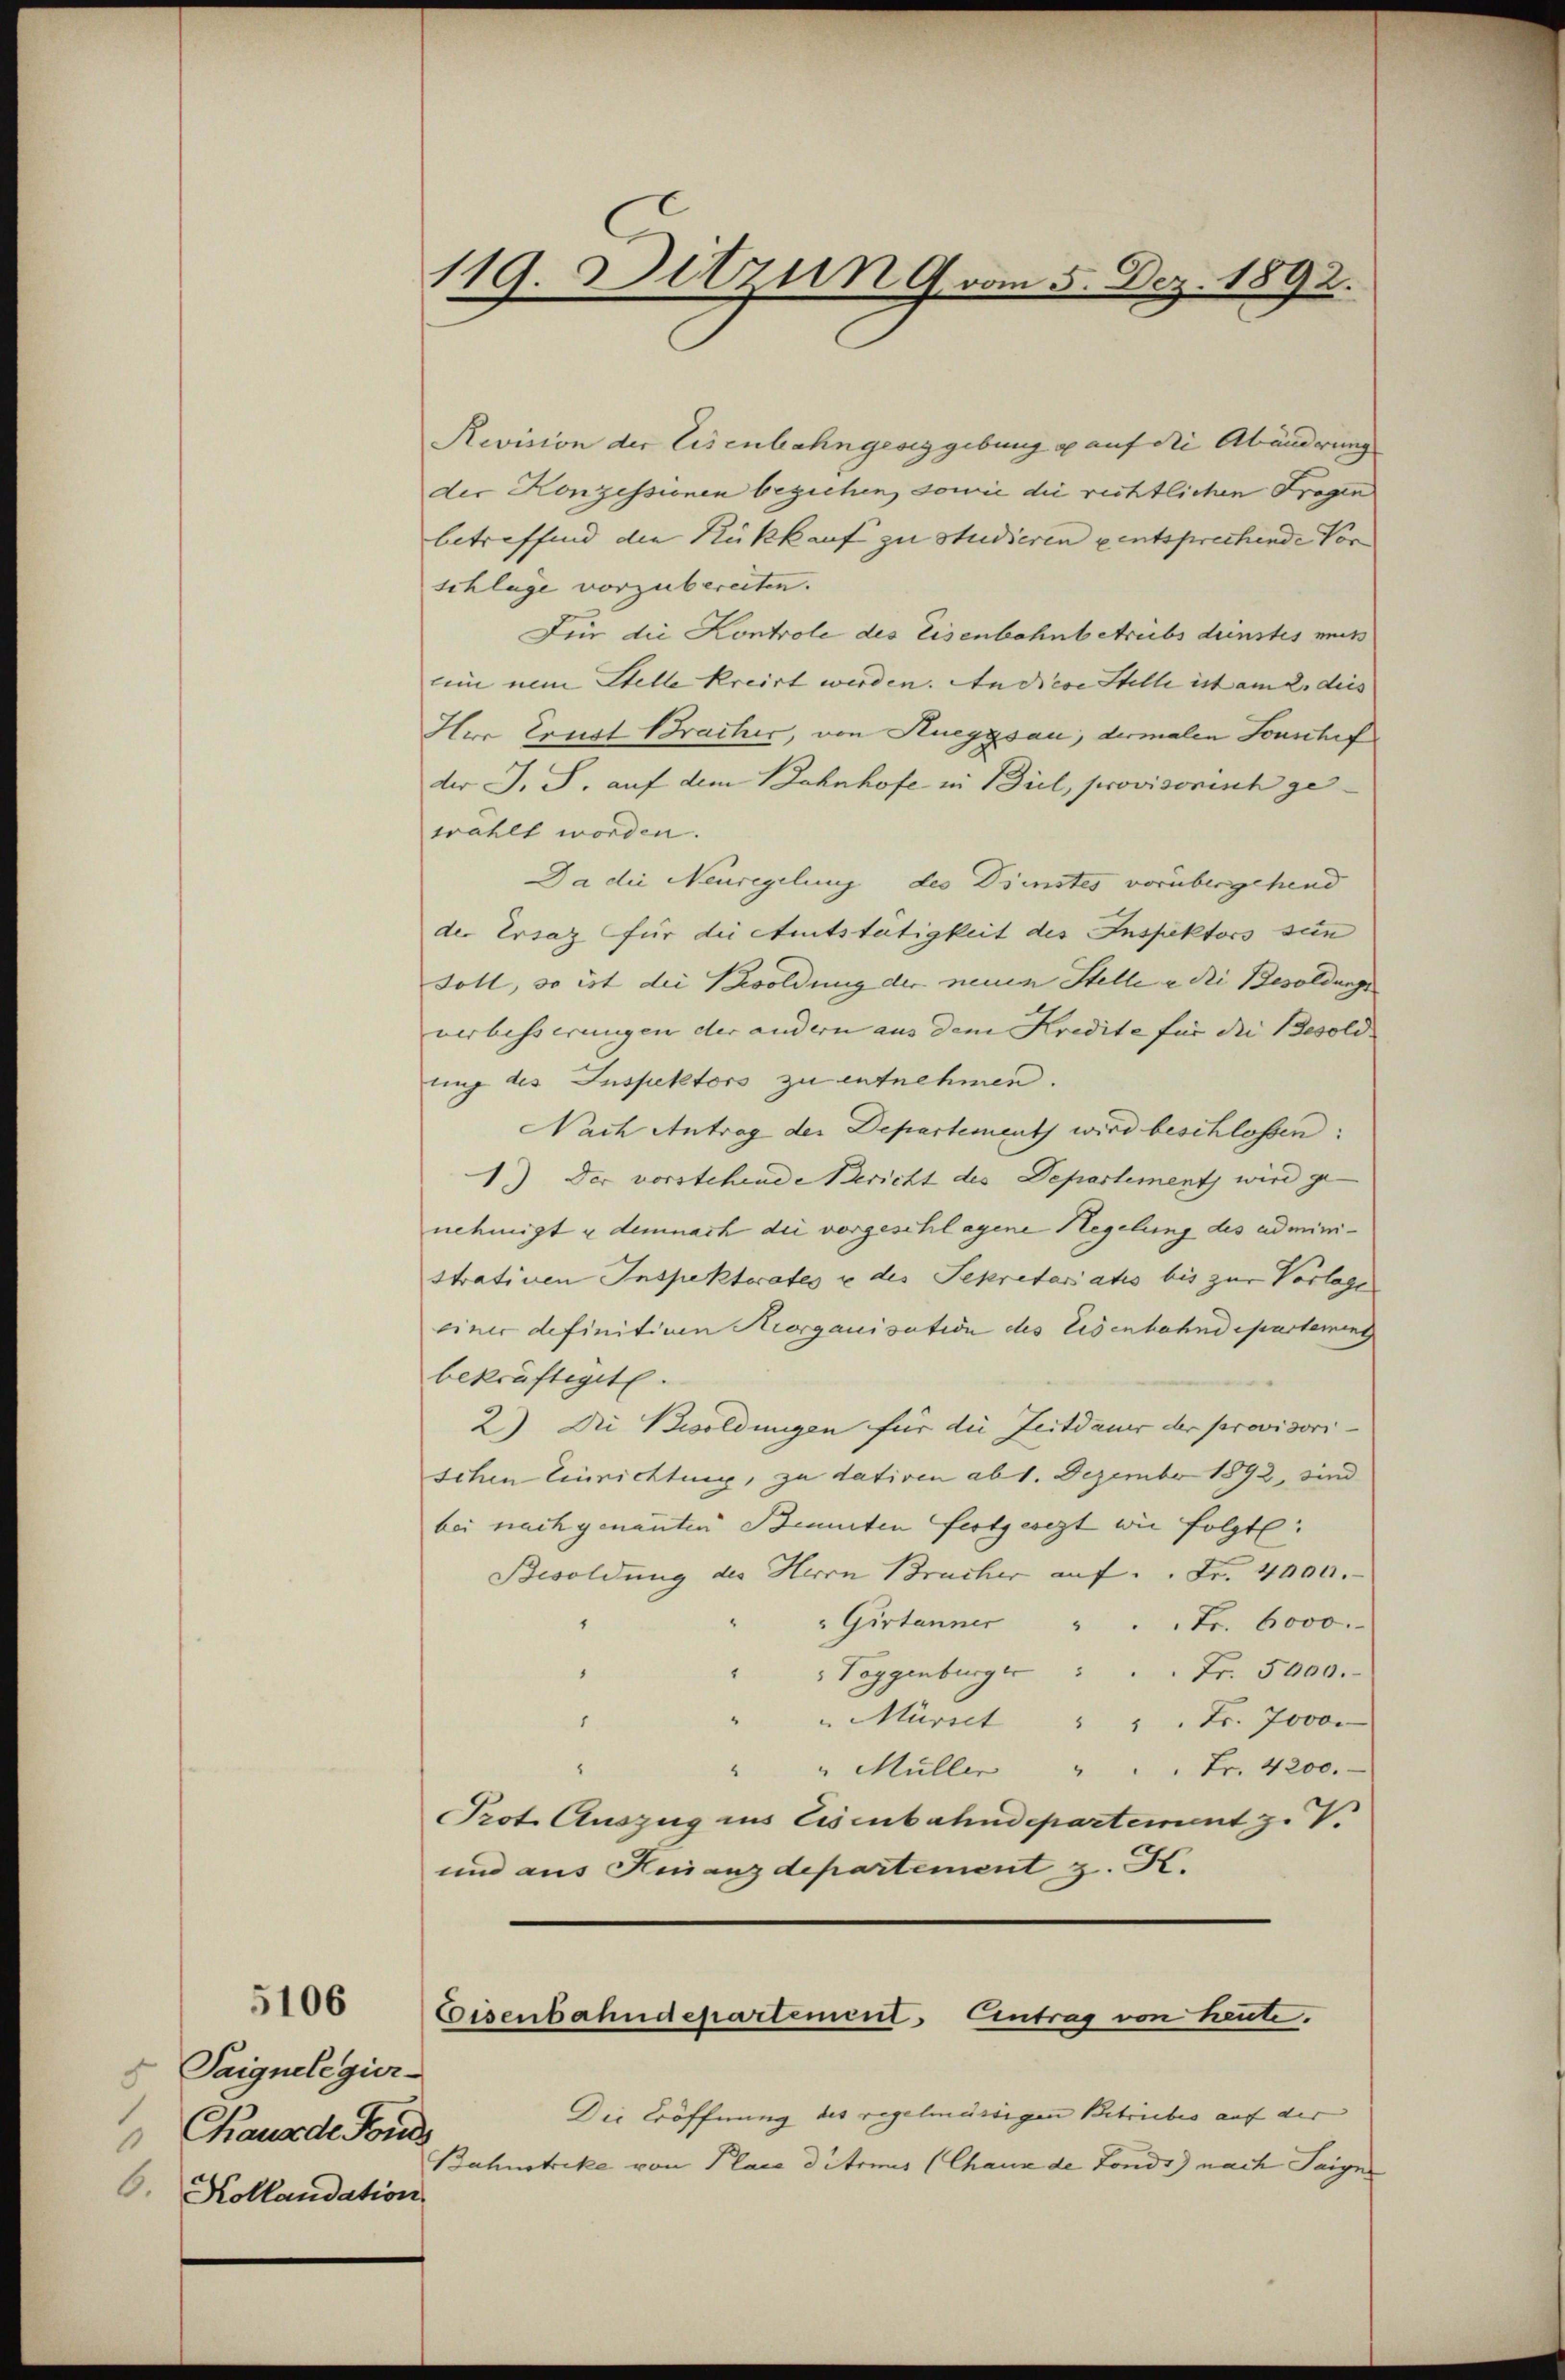
5106

Saignelegier-
Chaus de Forde
6. Kollaudation

119. Detzung vom 5. Dez. 1892.

Revision der Eisenbahngesig gebung g auf die Abänderung
der Konzessionen beziehen, sowie die rechtlichen Fragen
betreffend die Rückkauf zu studieren entsprechende Vor- |
schlage vorzubereiten.
Für die Kontrole des Eisenbahnbetreibs deinstes muss
lein nun Stelle Kreist werden. An diese Stelle ist am 2. dies |
Her Ernst Bracher, von Rueggsau, dermalen Forschef
der J. S. auf dem Bahnhofe in Biel, provisorisch ge
wählt worden.
Da die Neuregelung des Dienstes vorübergehend
der Ersatz für die Amtstätigkeit des Inspektors sin
soll, so ist die Besoldung der neuen Stelle a di Besoldungs
verbesserungen der andern aus dem Kredite für die Besold- |
ung des Inspektors zu entnehmen.
Nach Antrag der Departement wird beschlossen:
1.) Der vorstehende Bericht des Departement wird genehmigt u demnach die vorgeschlagene Hegelung des administrativen Inspektorates u des Sekretariatis bis zur Vorlage
einer definitiven Morganisation des Eisenbahndepartement
bekräftiget.
2) Die Besoldungen für die Zeitdauer der provisori-
schen Einrichtung, zu dativen ab 1. Dezember 1892, sind
bei nach genannten Benuten festgeset wie folgte
Besoldung des Herrn Brucher auf Fr. 4000.
" Girtanner " " Fr. 6000.
1
"Toggenburger  "        Fr. 5000.
8
" " Müriet " " " Fr. 7000
.
" " Müller " " " Fr. 4200.
Prot. Auszug ins Eisenbahndepartement z. V.
und aus Knanzdepartement z. K.
Eisenbahndepartement. Eintrag von heute.
Die Eröffnung des regelmässigen Betriebes auf der |
Bahnstreke von Place ditens (Chaux de Fonds) nach Saigen